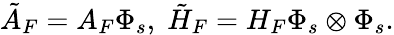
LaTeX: \tilde{A}_{F}=A_{F}\Phi_{s},\; \tilde{H}_{F}=H_{F}\Phi_{s}\otimes\Phi_{s}.